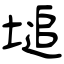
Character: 塠